Civil Veterinary Dept. Bombay admin report 1923-31 - 1923-1931
Year: 1923
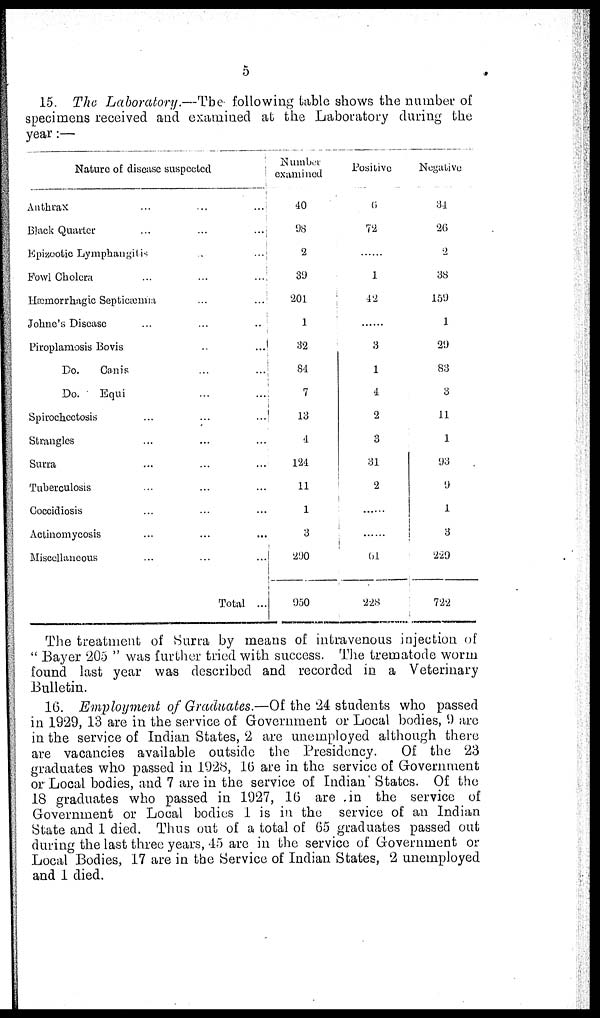
5
15. The Laboratory.—The following table shows the number of
specimens received and examined at the Laboratory during the
year:—
Nature of disease suspected
Anthrax ... ... ...
Black Quarter ... ... ...
Epizootic Lymphangitis ... ...
Fowl Cholera ... ... ...
Hæmorrhagic Septicæmia ... ...
Johne's Disease ... ... ...
Piroplamosis Bovis ... ...
Do.
Canis ... ...
Do.
Equi ... ...
Spirochcctosis ... ... ...
Strangles ... ... ...
Surra ... ... ...
Tuberculosis ... ... ...
Coccidiosis ... ... ...
Actinomycosis ... ... ...
Miscellaneous ... ... ...
Total ...
Number-
examined
40
98
2
39
201
1
32
84
7
13
4
124
11
1
3
290
950
Positive
6
72
.....
1
42
.....
3
1
4
2
3
31
2
......
......
61
228
Negative
31
26
2
38
159
1
29
83
3
11
1
93
9
1
3
229
722
The treatment of Surra by means of intravenous injection of
"Bayer 205" was further tried with success. The trematode worm
found last year was described and recorded in a Veterinary
Bulletin.
16. Employment of Graduates.—Of the 24 students who passed
in 1929,13 are in the service of Government or Local bodies, 9 are
in the service of Indian States, 2 are unemployed although there
are vacancies available outside the Presidency.
Of the 23
graduates who passed in 1928, 16 are in the service of Government
or Local bodies, and 7 are in the service of Indian States. Of the
18 graduates who passed in 1927, 16 are in the service of
Government or Local bodies 1 is in the service of an Indian
State and 1 died. Thus out of a total of 65 graduates passed out
during the last three years, 45 are in the service of Government or
Local Bodies, 17 are in the Service of Indian States, 2 unemployed
and 1 died.